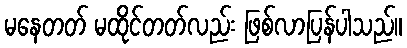
မနေတတ် မထိုင်တတ်လည်း ဖြစ်လာပြန်ပါသည်။